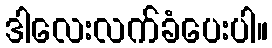
ဒါလေးလက်ခံပေးပါ။